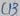
Text: C13